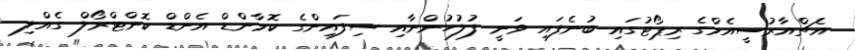
އެޗްއާރުސީއެމްގެ ރިޕޯޓުގައި ބުނެފައި ވަނީ ފުލުހުންނާއި ސިފައިންގެ ކޮމާންޑް އެންޑް ކޮންޓްރޯލް ގެއްލި